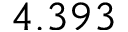
4 . 3 9 3